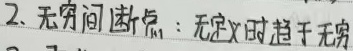
2. 无穷间断点：无定义时趋于无穷